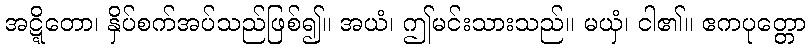
အဋ္ဋိတော၊ နှိပ်စက်အပ်သည်ဖြစ်၍။ အယံ၊ ဤမင်းသားသည်။ မယှံ၊ ငါ၏။ ဧကပုတ္တော